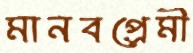
মানবপ্রেমী